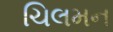
ચિલમન